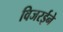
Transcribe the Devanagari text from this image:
विजरईने